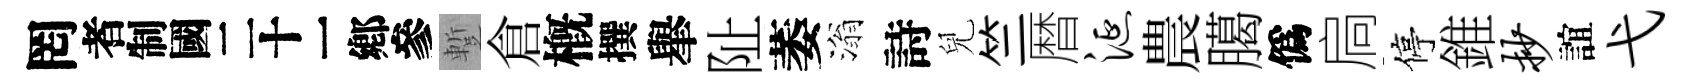
罔识蹔倉槪撰𦦙阯萎滃詩兒竺暦涎農臈僞扃停錐抄誼弋